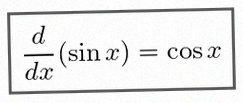
\frac{d}{dx}(\sin x)=\cos x